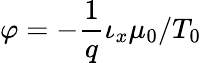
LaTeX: \varphi=-\frac 1q\iota_{x}\mu_{0}/T_{0}